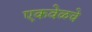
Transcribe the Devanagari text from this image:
एकवेळचे